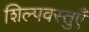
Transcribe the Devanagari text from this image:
शिल्पवस्तुएँ